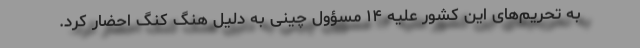
به تحریم‌های این کشور علیه ۱۴ مسؤول چینی به دلیل هنگ کنگ احضار کرد.